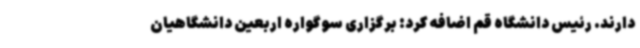
دارند. رئیس دانشگاه قم اضافه کرد: برگزاری سوگواره اربعین دانشگاهیان